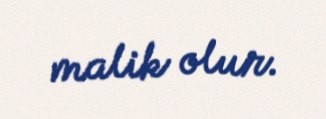
malik olur.